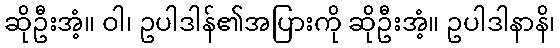
ဆိုဦးအံ့။ ဝါ၊ ဥပါဒါန်၏အပြားကို ဆိုဦးအံ့။ ဥပါဒါနာနိ၊